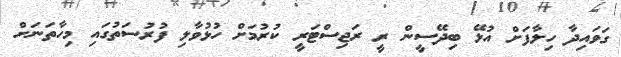
ގަވައިދާ ހިލާފަށް އުޅޭ ބިދޭސީން ރީ ރަޖިސްޓަރީ ކުރުމަށް ހުޅުވާލި ފުރުސަތުގައި މިހާތަނަށް